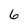
Character: 6